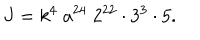
LaTeX: J = k ^ { 4 } \; a ^ { 2 4 } \; 2 ^ { 2 2 } \cdot 3 ^ { 3 } \cdot 5 .